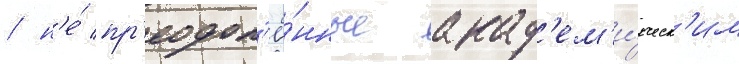
/ н'е́ пр'еодол'ё́нные акад'ем'и́ческ'им